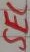
Text: SEC